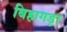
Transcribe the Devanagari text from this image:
बिहागड़ा